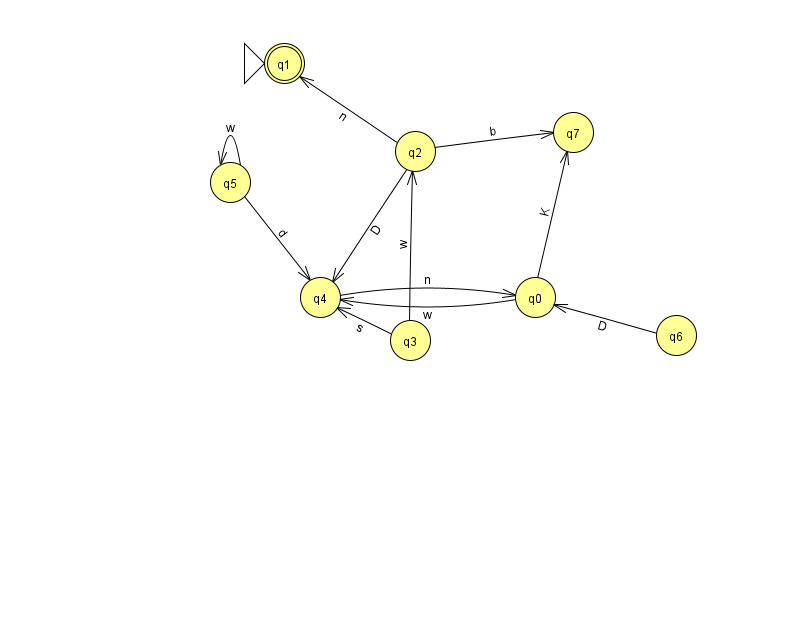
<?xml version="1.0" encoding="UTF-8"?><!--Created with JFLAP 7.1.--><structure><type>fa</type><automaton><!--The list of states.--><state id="0" name="q0"><x>535.0</x><y>284.0</y></state><state id="1" name="q1"><x>284.0</x><y>50.0</y><initial/><final/></state><state id="2" name="q2"><x>415.0</x><y>138.0</y></state><state id="3" name="q3"><x>410.0</x><y>327.0</y></state><state id="4" name="q4"><x>320.0</x><y>284.0</y></state><state id="5" name="q5"><x>230.0</x><y>169.0</y></state><state id="6" name="q6"><x>676.0</x><y>322.0</y></state><state id="7" name="q7"><x>573.0</x><y>119.0</y></state><!--The list of transitions.--><transition><from>5</from><to>4</to><read>d</read></transition><transition><from>4</from><to>0</to><read>n</read></transition><transition><from>2</from><to>1</to><read>n</read></transition><transition><from>6</from><to>0</to><read>D</read></transition><transition><from>2</from><to>4</to><read>D</read></transition><transition><from>5</from><to>5</to><read>w</read></transition><transition><from>0</from><to>7</to><read>K</read></transition><transition><from>2</from><to>7</to><read>b</read></transition><transition><from>3</from><to>2</to><read>w</read></transition><transition><from>0</from><to>4</to><read>w</read></transition><transition><from>3</from><to>4</to><read>s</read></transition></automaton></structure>